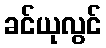
ခင်ယုလွင်